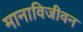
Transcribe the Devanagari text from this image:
मानाविजीवन